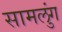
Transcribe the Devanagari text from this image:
सामलुंग